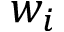
w _ { i }